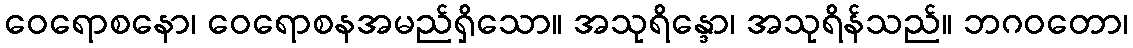
ဝေရောစနော၊ ဝေရောစနအမည်ရှိသော။ အသုရိန္ဒော၊ အသုရိန်သည်။ ဘဂဝတော၊